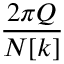
\frac { 2 \pi Q } { N [ k ] }